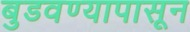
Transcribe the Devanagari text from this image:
बुडवण्यापासून